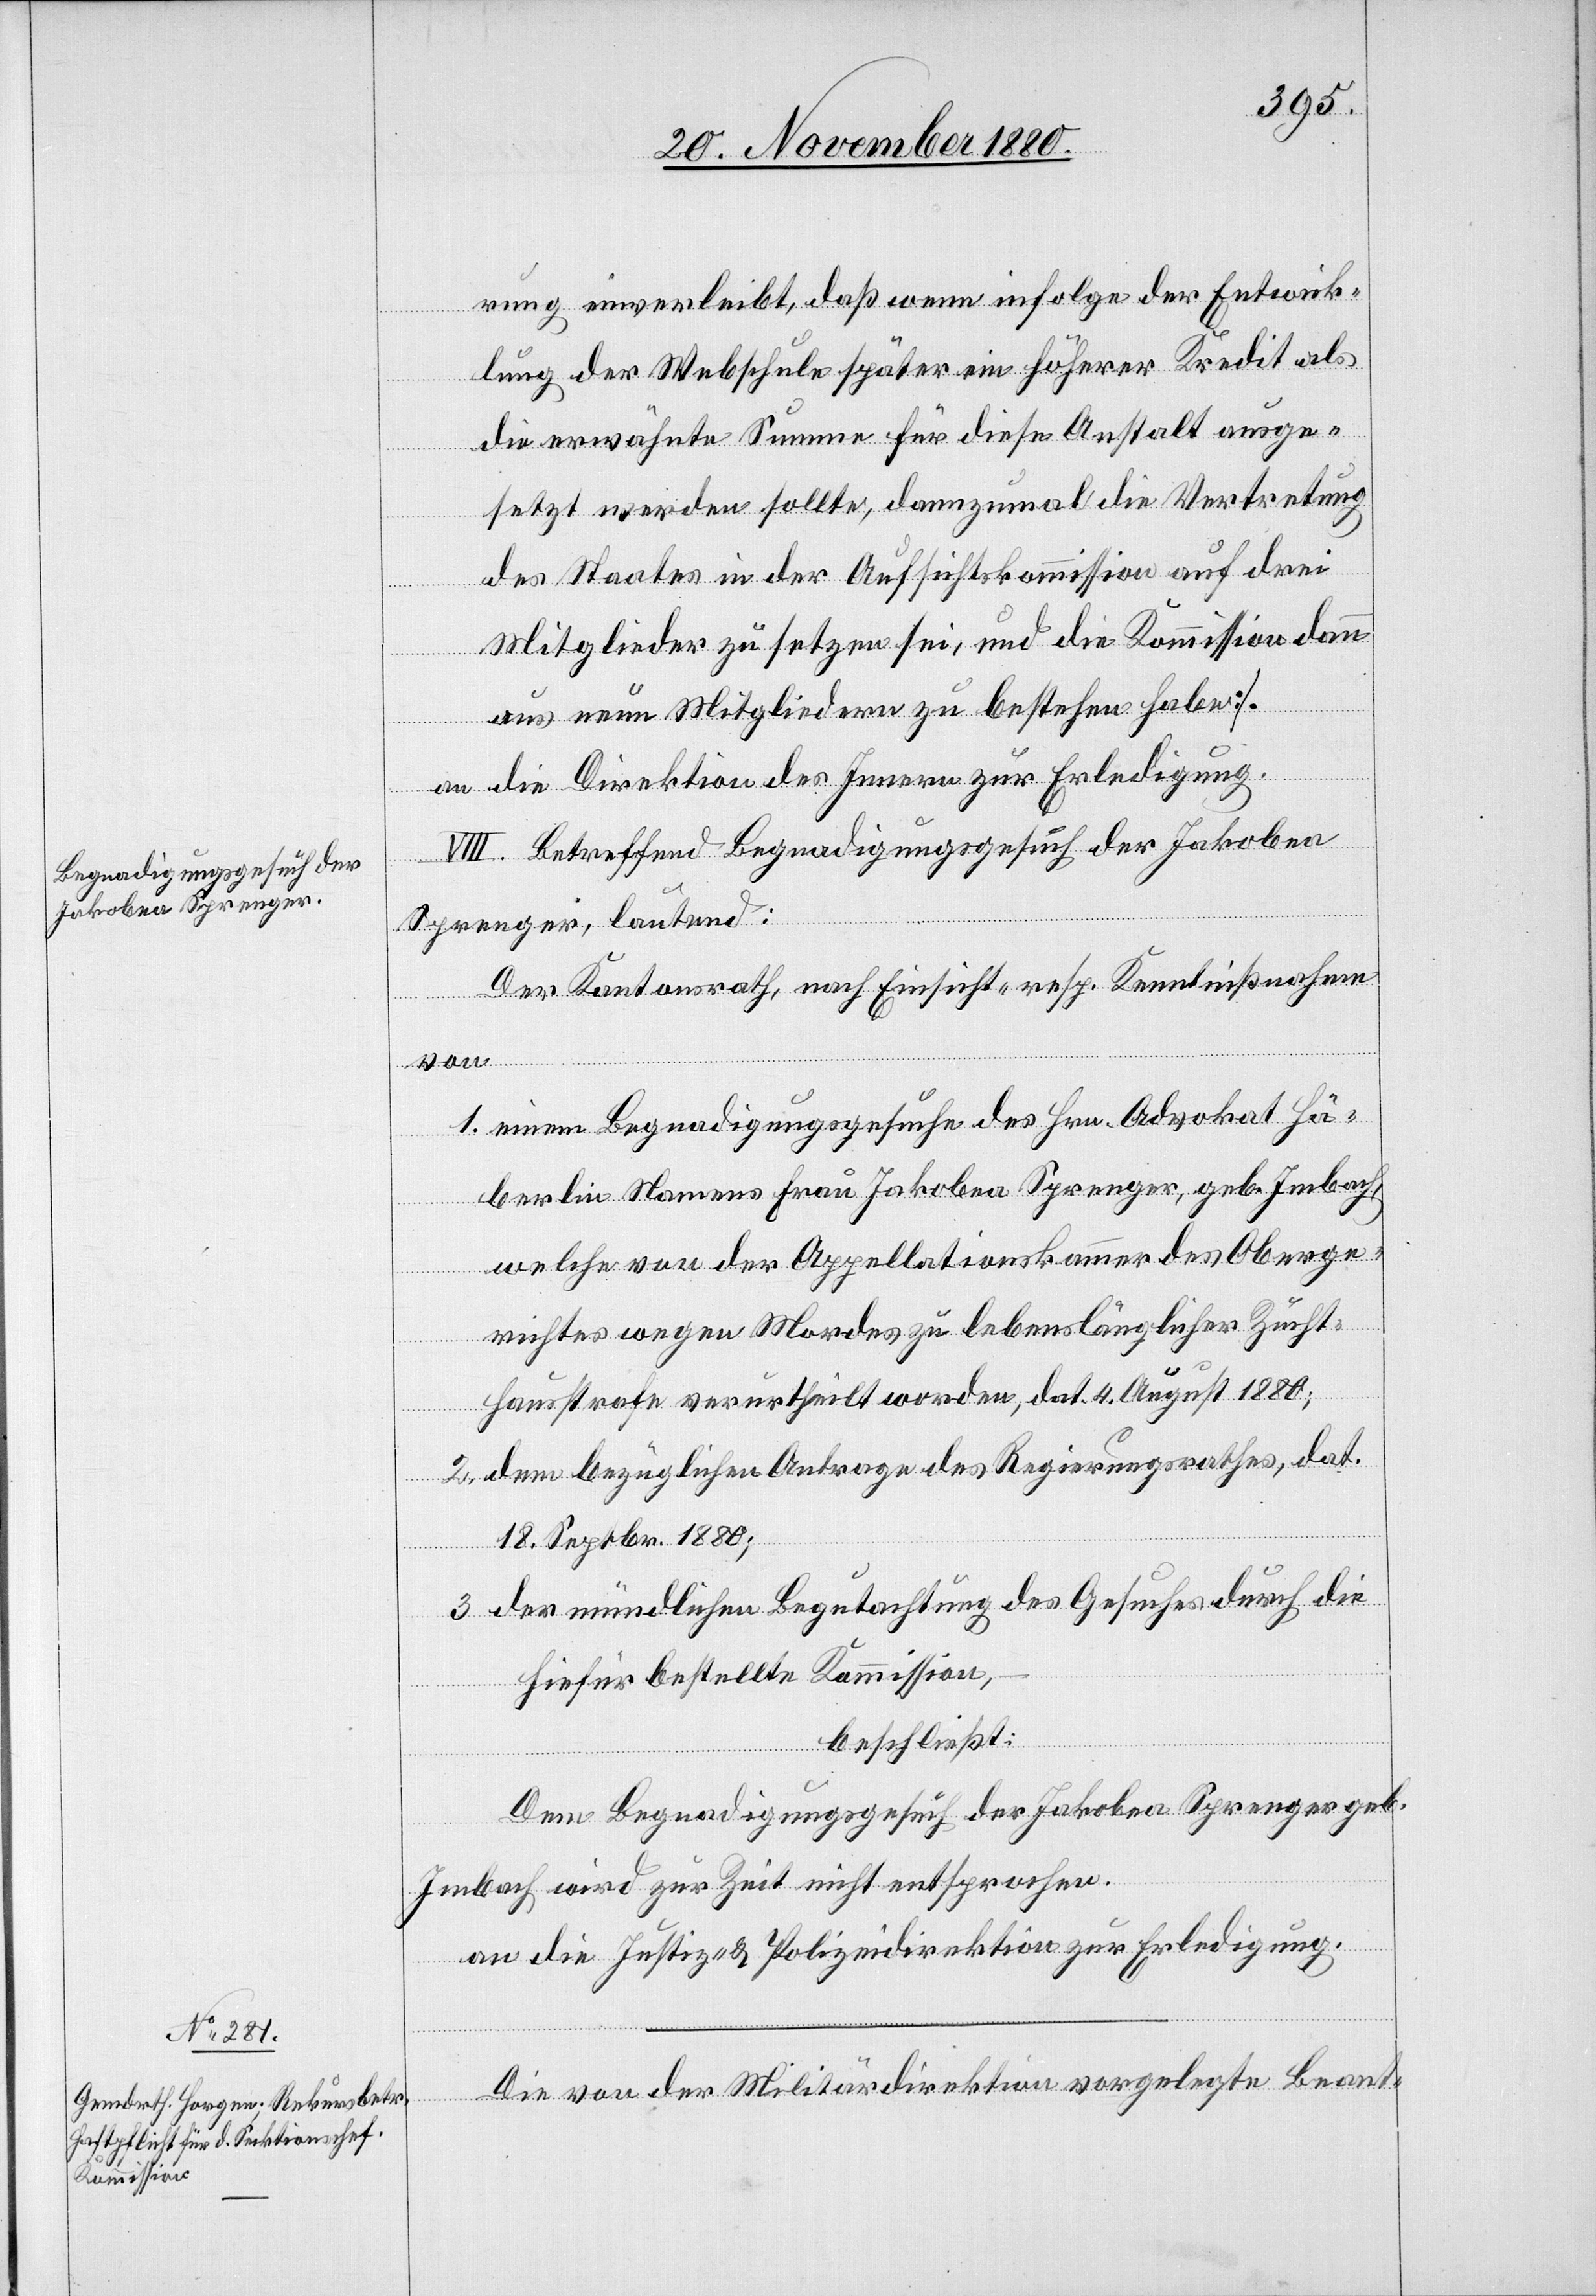
rung einverleibt, daß wenn infolge der Entwick¬
lung der Webschule später ein höherer Kredit als
die erwähnte Summe für diese Anstalt ausge¬
setzt werden sollte, dannzumal die Vertretung
des Staates in der Aufsichtskommission auf drei
Mitglieder zu setzen sei, und die Kommission dann
aus neun Mitgliedern zu bestehen habe].
an die Direktion des Innern zur Erledigung.
VII. Betreffend Begnadigungsgesuch der Jakobea
Sprenger, lautend:
Der Kantonsrath, nach Einsicht- resp. Kenntnißnahme
von
1. einem Begnadigungsgesuche des Hrn. Advokat Hä¬
berlin Namens Frau Jakobea Sprenger, geb. Imbach,
welche von der Appellationskammer des Oberge¬
richtes wegen Mordes zu lebenslänglicher Zucht¬
hausstrafe verurtheilt worden, dat. 4. August 1880;
2. dem bezüglichen Antrage des Regierungsrathes, dat.
18. Septbr. 1880;
3. der mündlichen Begutachtung des Gesuches durch die
hiefür bestellte Kommission,
beschließt:
Dem Begnadigungsgesuch der Jakobea Sprenger geb.
Imbach wird zur Zeit nicht entsprochen.
an die Justiz- & Polizeidirektion zur Erledigung.
Die von der Militärdirektion vorgelegte Beant-